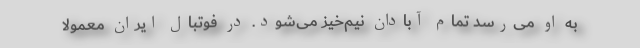
به او می‌رسد تمام آبادان نیم‌خیز می‌شود. در فوتبال ایران معمولاً